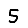
Digit: 5